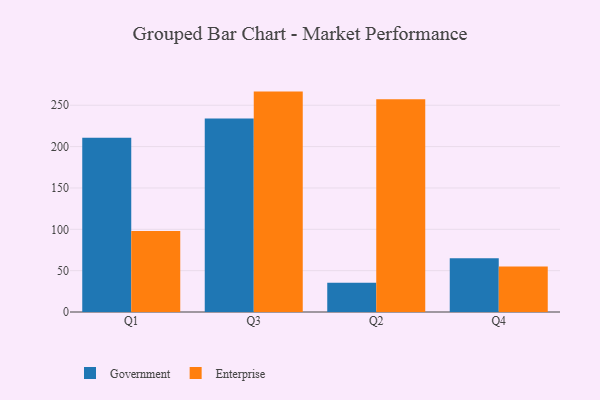
{"axis": {"x": "Quarter", "y": "Market Share (%)"}, "legend": ["Enterprise", "Government"], "data": [{"x": "Q1", "y": 210.8, "type": "Government"}, {"x": "Q1", "y": 97.8, "type": "Enterprise"}, {"x": "Q3", "y": 234.1, "type": "Government"}, {"x": "Q3", "y": 266.5, "type": "Enterprise"}, {"x": "Q2", "y": 35.5, "type": "Government"}, {"x": "Q2", "y": 257.2, "type": "Enterprise"}, {"x": "Q4", "y": 64.9, "type": "Government"}, {"x": "Q4", "y": 55.0, "type": "Enterprise"}]}